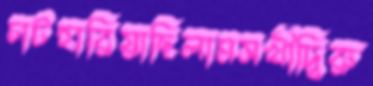
চাটহারিয়াছিলামসখীদ্বিরু